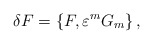
\begin{align*}\delta F=\{ F,\varepsilon^m G_m\}\, ,\end{align*}